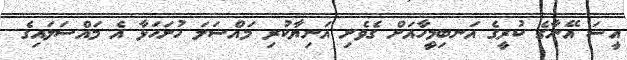
އީސަ އޭނާގެ ކުރީގެ އަނބިމީހާއަށް ގެވެށި އަނިޔާކުރި މައްސަލަ ހުށަހަޅާ އެ މައްސަލައިގެ